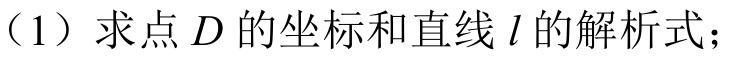
（1）求点\(D\)的坐标和直线\(l\)的解析式；